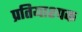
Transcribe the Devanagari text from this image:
प्रतियाश्पक